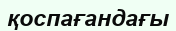
қоспағандағы